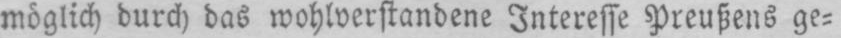
möglich durch das wohlverstandene Interesse Preußens ge⸗